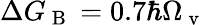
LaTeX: \Delta G_{\mathrm{~B~}}=0.7\hbar\Omega_{\mathrm{~v~}}